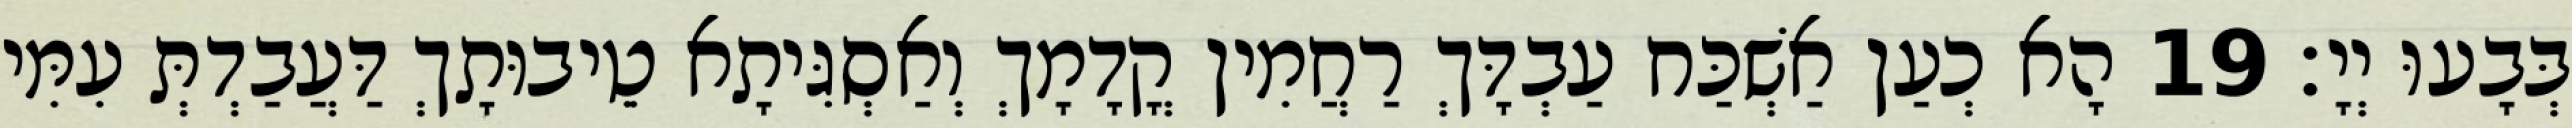
בְּבָעוּ יְיָ׃ 19 הָא כְעַן אַשְׁכַּח עַבְדָּךְ רַחֲמִין קֳדָמָךְ וְאַסְגִּיתָא טֵיבוּתָךְ דַּעֲבַדְתְּ עִמִּי